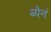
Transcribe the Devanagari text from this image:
ब्येनं